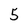
Character: 5